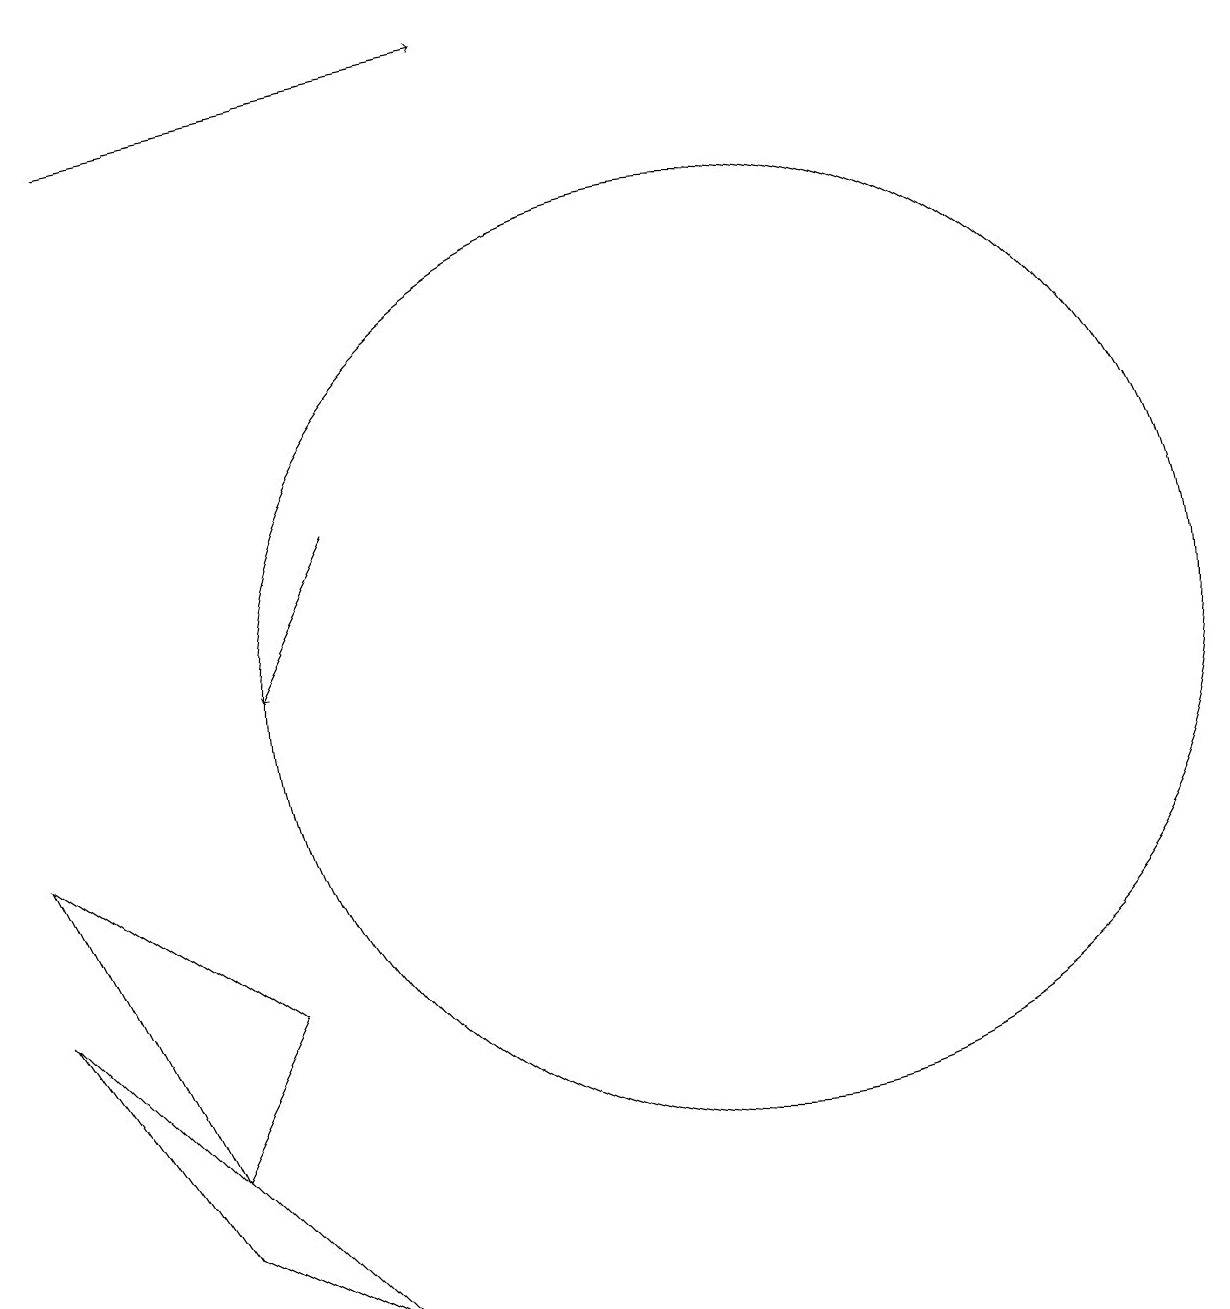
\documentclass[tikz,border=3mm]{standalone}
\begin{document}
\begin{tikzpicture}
\draw (11,11) circle (6);
\draw (4,4) -- (6,3) -- (2,7) -- cycle;
\draw (4,5) -- (5,7) -- (2,9) -- cycle;
\draw[->] (3,18) -- (8,19);
\draw[->] (6,13) -- (5,11);
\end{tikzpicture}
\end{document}